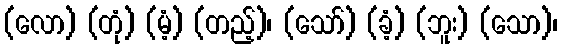
(လော) (တုံ) (မံ့) (တည့်)၊ (သော်) (ခံ့) (ဘူး) (သော)၊